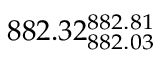
8 8 2 . 3 2 _ { 8 8 2 . 0 3 } ^ { 8 8 2 . 8 1 }